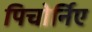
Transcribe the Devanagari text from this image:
पिचोर्निए